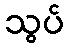
သွပ်